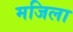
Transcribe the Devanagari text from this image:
मजिला